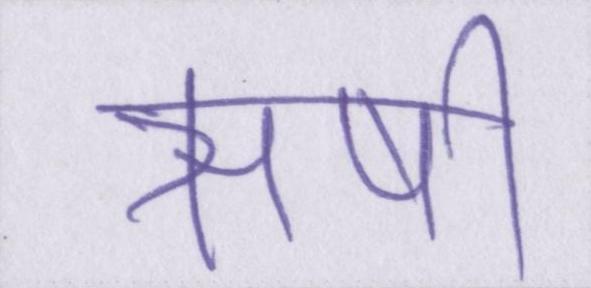
ऋषी